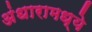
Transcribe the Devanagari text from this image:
अंधारामध्ये